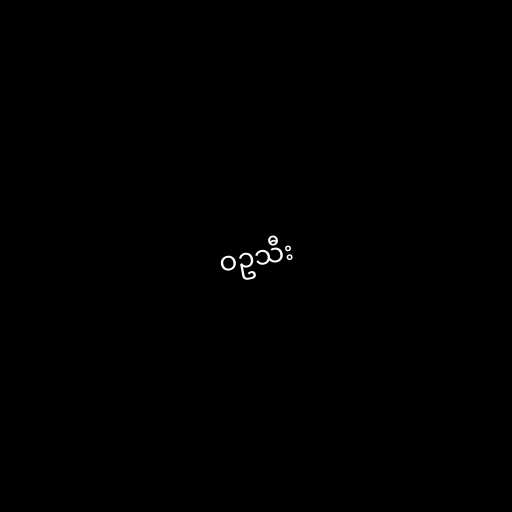
ဝဥသီး